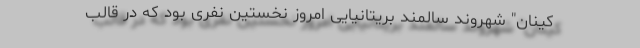
کینان" شهروند سالمند بریتانیایی امروز نخستین نفری بود که در قالب